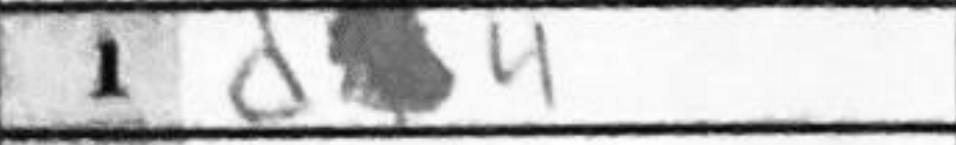
Transcription: d4